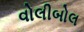
વોલીબોલ